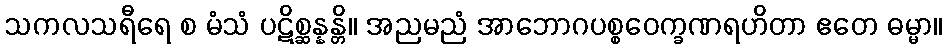
သကလသရီရေ စ မံသံ ပဋိစ္ဆန္နန္တိ။ အညမညံ အာဘောဂပစ္စဝေက္ခဏရဟိတာ ဧတေ ဓမ္မာ။